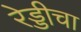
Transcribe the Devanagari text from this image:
रेड्डीचा